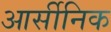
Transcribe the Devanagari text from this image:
आर्सीनिक